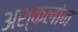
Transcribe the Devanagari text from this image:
अश्कलोन